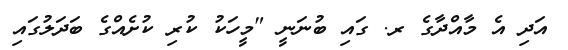
އަދި އެ މާއްދާގެ ރ. ގައި ބުނަނީ "މީހަކު ކުރި ކުށެއްގެ ބަދަލުގައި